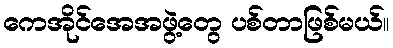
ကေအိုင်အေအဖွဲ့တွေ ပစ်တာဖြစ်မယ်။